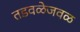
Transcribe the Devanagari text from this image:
तडवळेजवळ